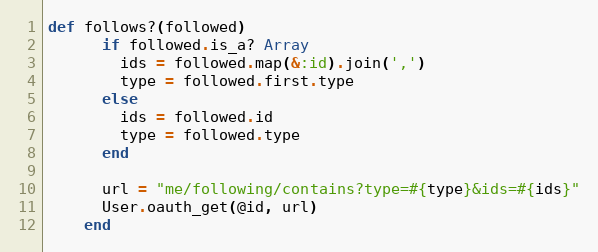
Language: Ruby
def follows?(followed)
      if followed.is_a? Array
        ids = followed.map(&:id).join(',')
        type = followed.first.type
      else
        ids = followed.id
        type = followed.type
      end

      url = "me/following/contains?type=#{type}&ids=#{ids}"
      User.oauth_get(@id, url)
    end